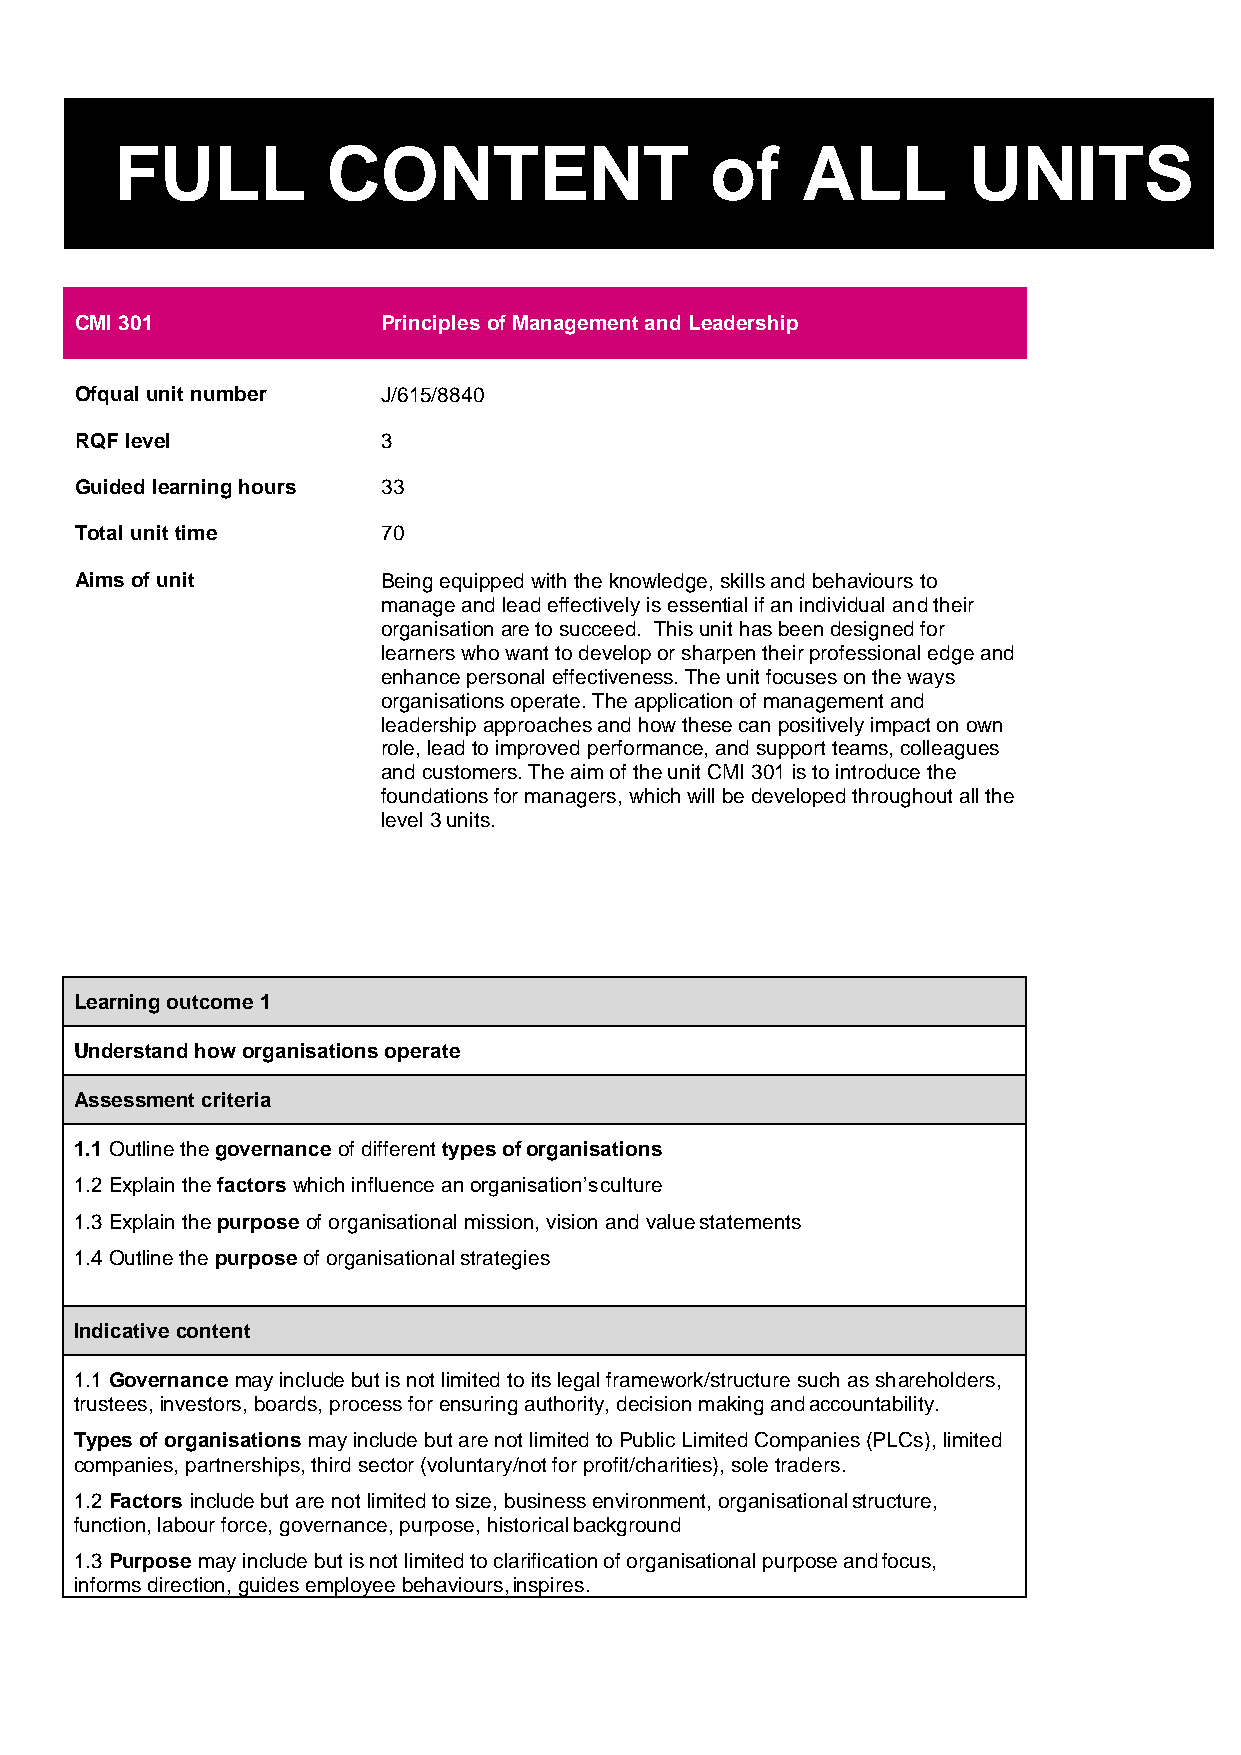
FULL          CONTENT                  of    ALL        UNITS
 CMI 301             Principles of Management and Leadership
 Ofqual unit number  J/615/8840
 RQF level           3
 Guided learning hours 33
 Total unit time     70
 Aims of unit        Being equipped with the knowledge, skills and behaviours to
 manage and lead effectively is essential if an individual and their
 organisation are to succeed. This unit has been designed for
 learners who want to develop or sharpen their professional edge and
 enhance personal effectiveness. The unit focuses on the ways
 organisations operate. The application of management and
 leadership approaches and how these can positively impact on own
 role, lead to improved performance, and support teams, colleagues
 and customers. The aim of the unit CMI 301 is to introduce the
 foundations for managers, which will be developed throughout all the
 level 3 units.
 Learning outcome 1
 Understand how organisations operate
 Assessment criteria
 1.1 Outline the governance of different types of organisations
 1.2 Explain the factors which influence an organisation’s culture
 1.3 Explain the purpose of organisational mission, vision and value statements
 1.4 Outline the purpose of organisational strategies
 Indicative content
 1.1 Governance may include but is not limited to its legal framework/structure such as shareholders,
 trustees, investors, boards, process for ensuring authority, decision making and accountability.
 Types of organisations may include but are not limited to Public Limited Companies (PLCs), limited
 companies, partnerships, third sector (voluntary/not for profit/charities), sole traders.
 1.2 Factors include but are not limited to size, business environment, organisational structure,
 function, labour force, governance, purpose, historical background
 1.3 Purpose may include but is not limited to clarification of organisational purpose and focus,
 informs direction, guides employee behaviours, inspires.
 4